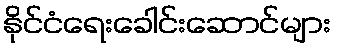
နိုင်ငံရေးခေါင်းဆောင်များ